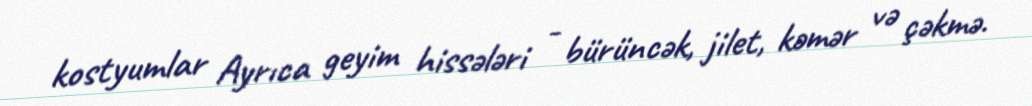
kostyumlar Ayrıca geyim hissələri - bürüncək, jilet, kəmər və çəkmə.